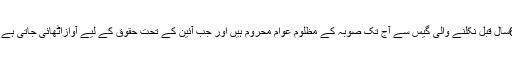
انہوں نے کہاکہ سوئی سے 65سال قبل نکلنے والی گیس سے آج تک صوبہ کے مظلوم عوام محروم ہیں اور جب آئین کے تحت حقوق کے لیے آوازاٹھائی جاتی ہے تو ان کو غدار قرار دیاجاتاہے۔